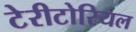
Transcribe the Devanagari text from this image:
टेरीटोरियल